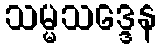
သမ္မသဒ္ဒေန